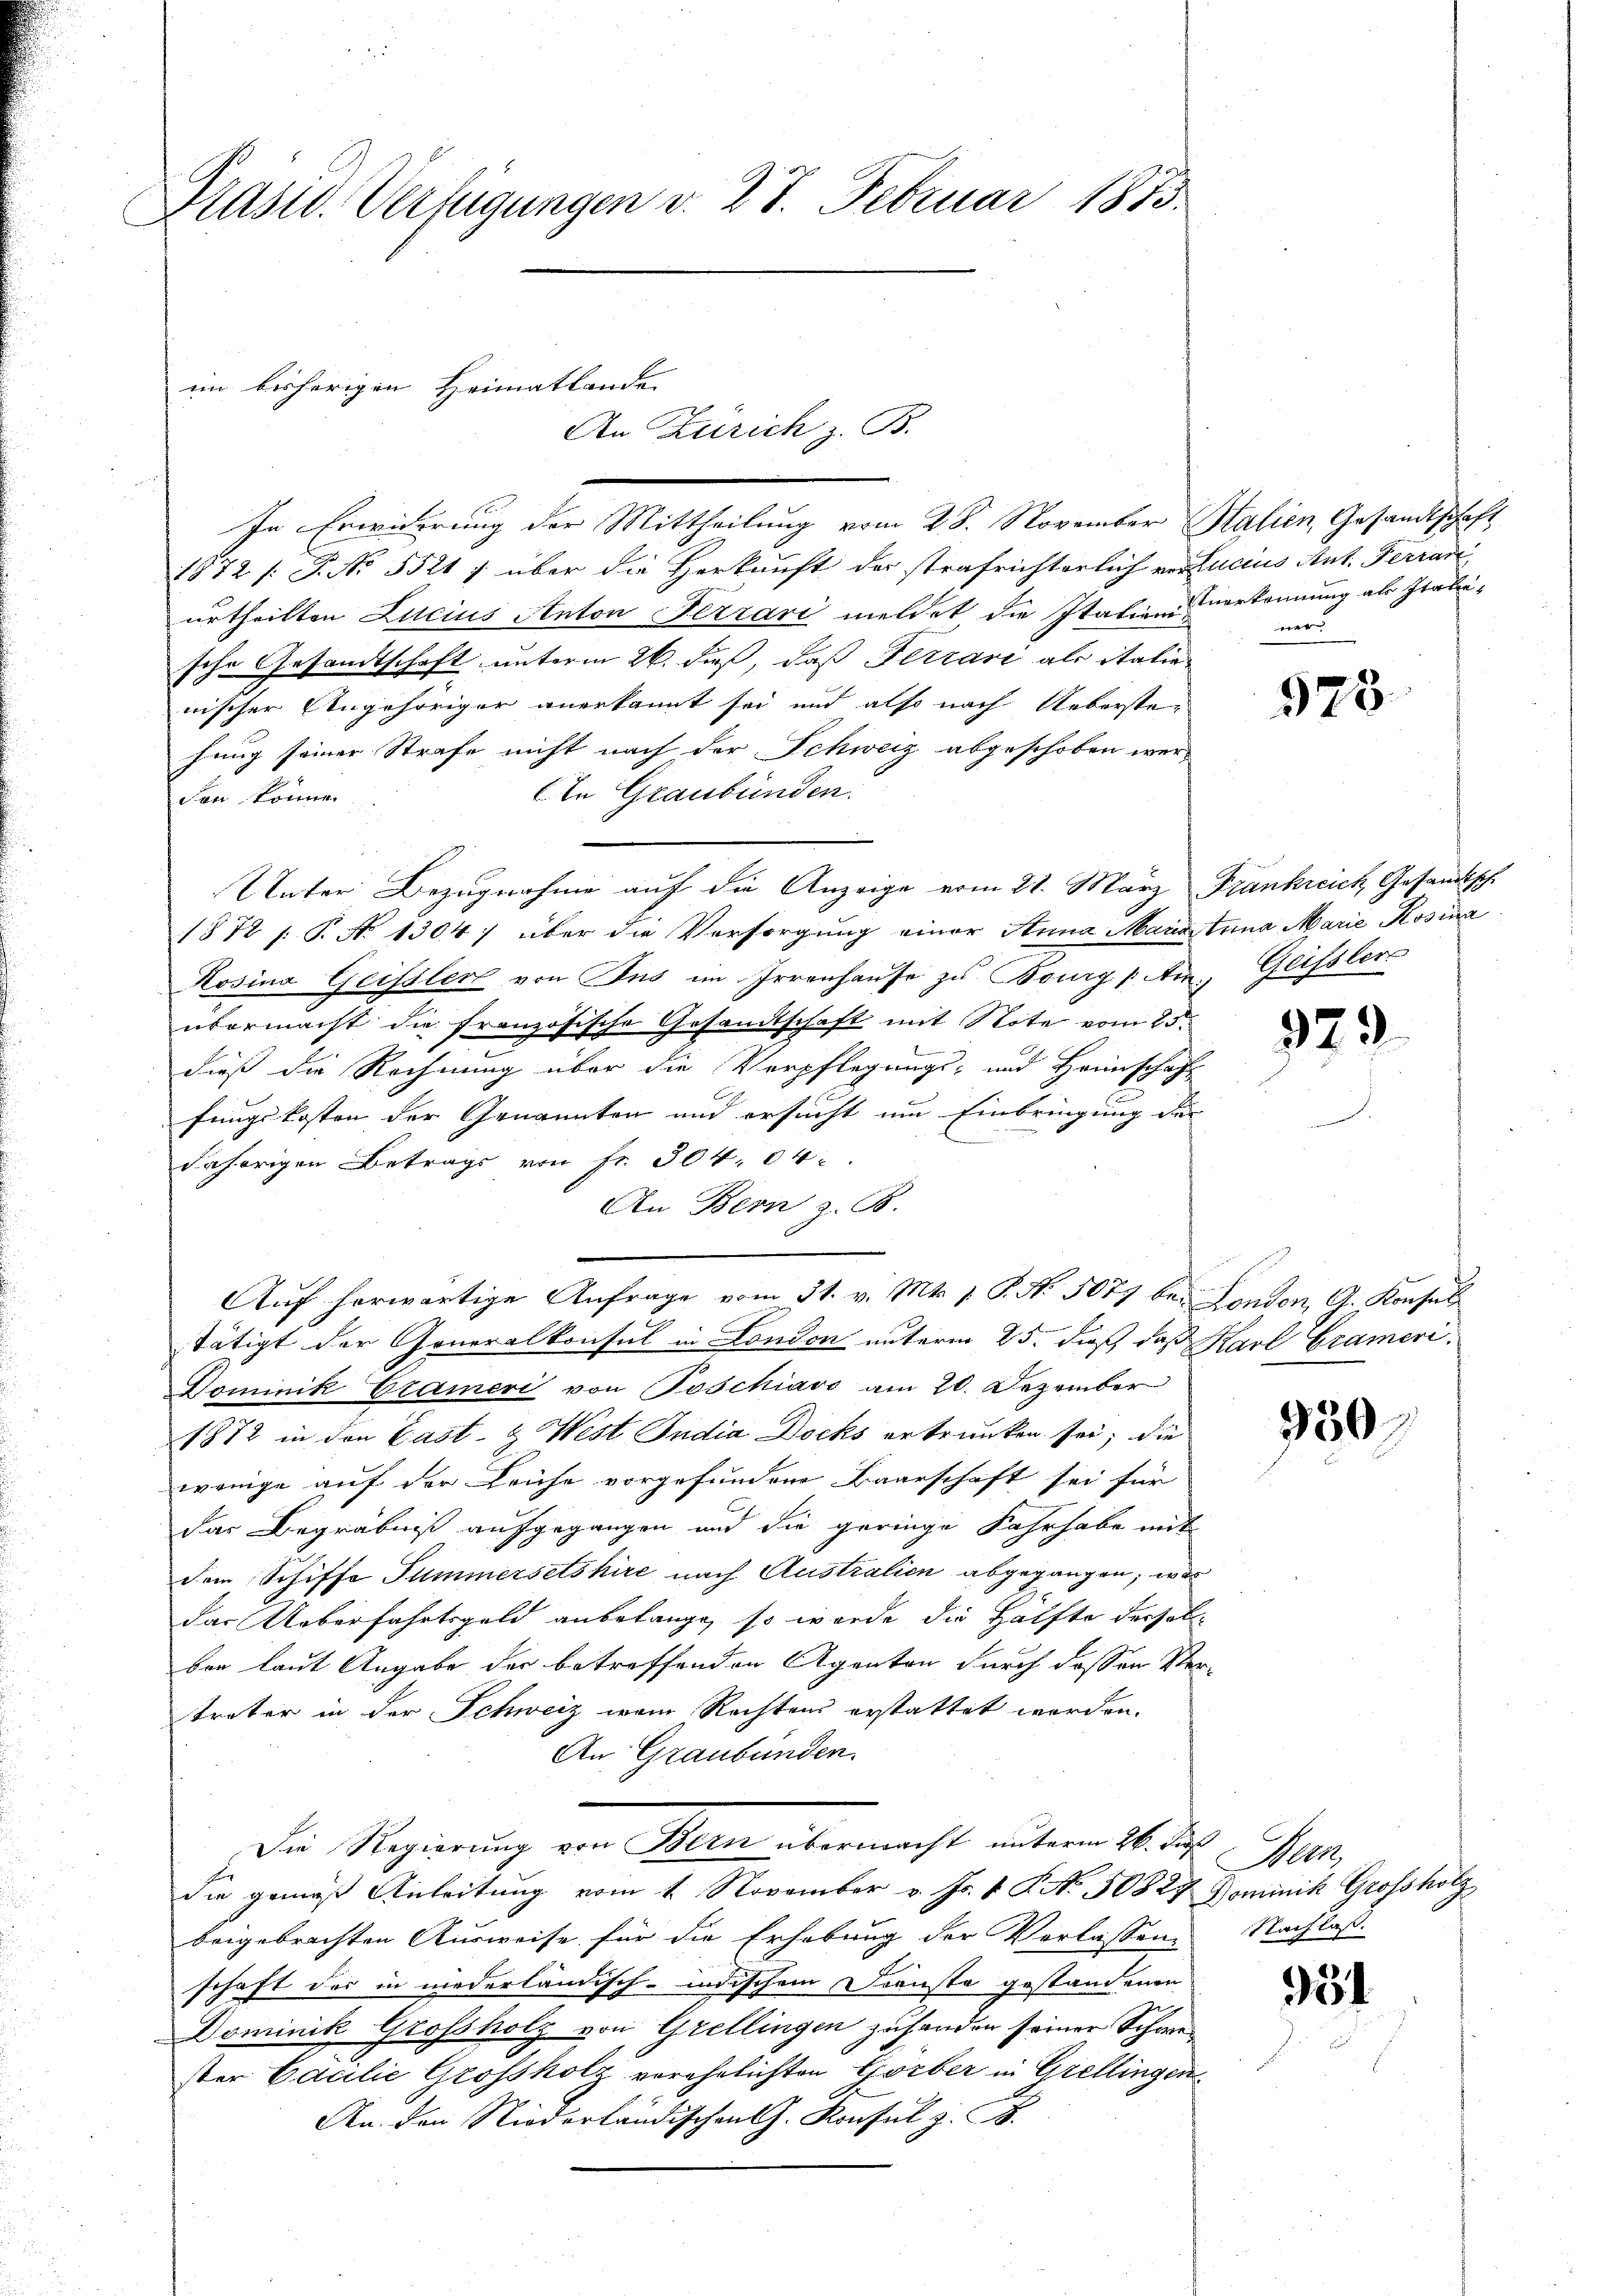
Präsid. Verfügungen v. 27. Februar 1815

im bisherigen Heimatlande
An Zürich z. B.

In Erwiderung der Mittheilung vom 28. November Stalien, Gesandtschaft
1872 /: P. No 5521 ; über die Herkunft der strafrichterlich verlucius Ant. Ferrari
urtheilten Lucius Anton Ferrari meldet die Italienverkennung als Italische Gesandtschaft unterm 26. dieß, daß Ferrari als italie
nischer Angehöriger anerkannt sei und also nach Ueberste-
hung seiner Strafe nicht nach der Schweiz abgeschoben wer-
An Graubünden.
den könne.
Unter Bezugnahme auf die Anzeige vom 21. März Frankreich Gesandtsch.
1572 f. P. No 1304) über die Versorgung einer Anna Mariastina Marie Rosina
Kosina Geissler von Ins im Irrenhause zu Bourg / Am. Geisslers
übermacht die französische Gesandtschaft mit Note vom 25.
dieß die Rechnung über die Verpflegungs- und Heimschaft
fungskosten der Genannten und ersucht um Einbringung der
2
dahörigen Betrags von Fr. 304. 04
An Bern z. B.
stätigt der Generalkonsul in London unterm 25. dieß, daß Karl Grameri¬
Dominik Crameri von Poschiavo am 20. Dezember
1872 in den Cast- & West India Docks ertrunken sei; die
wenige auf der Leihe vorgefundene Baarschaft sei für
das Begräbniß aufgegangen und die geringe Fahrhabe mit
dem Schiffe Summersetshire nach Australien abgegangen, was
das Ueberfahrtsgeld anbelangt, so wurde die Hälfte derselbon laut Angabe der betreffenden Agenton durch dessen Vertrater in der Schweiz vom Rechtens erstattet worden.
An Graubünden.
Die Regierung von Bern übermacht unterm 26. Ju
die gemäß Anleitung vom 1. November v. Js. v. P. No. 50827 Dominik Grossholz
beigebrachten Ausweise für die Erhebung der Verlassen-
schaft der in niederländisch-indischem Dienste gestandenen
Dominik Grossholz von Grellingen zuhanden seiner Schwester Camilie Grossholz verehelichten Görber in Grellingen
An den Niederländischen J. Konsul z. B.

Auf herwärtige Anfrage vom 31. v. Mts. 1. P. Nr. 5077 bei London, A. Konsul

ner

323

929

930

Mtt.
Nachlaß.

951